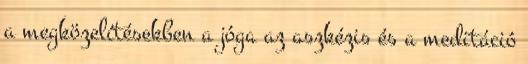
a megközelítésekben a jóga az aszkézis és a meditáció